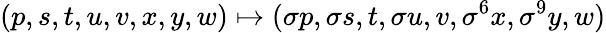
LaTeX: (p,s,t,u,v,x,y,w)\mapsto(\sigma p,\sigma s,t,\sigma u,v,\sigma^{6}x,\sigma^{9}y,w)